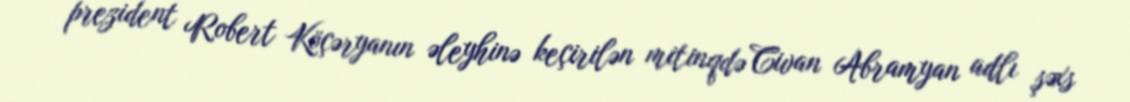
prezident Robert Köçəryanın əleyhinə keçirilən mitinqdə Civan Abramyan adlı şəxs